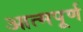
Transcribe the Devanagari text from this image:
आत्मपूर्ण